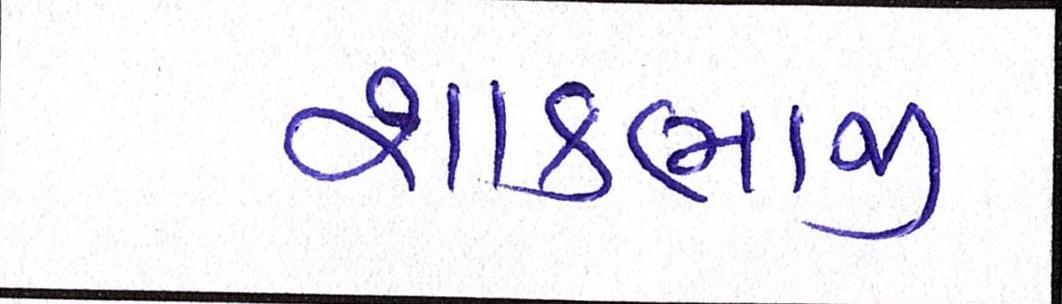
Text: શાકભાજી